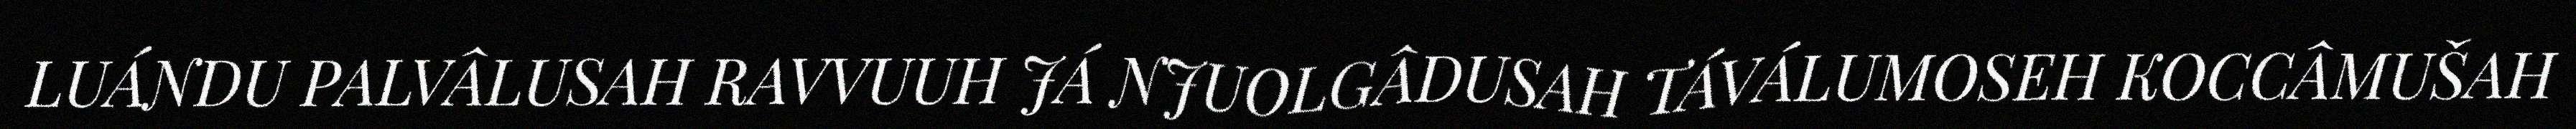
LUÁNDU PALVÂLUSAH RAVVUUH JÁ NJUOLGÂDUSAH TÁVÁLUMOSEH KOCCÂMUŠAH